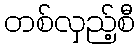
တစ်လှည့်စီ